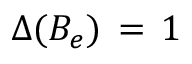
\Delta ( B _ { e } ) \, = \, 1 \